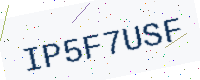
Text: IP5F7USF